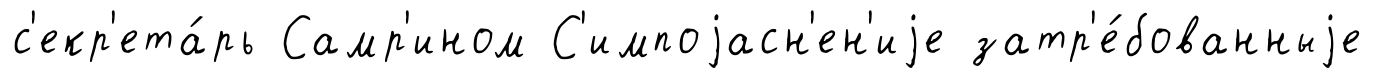
с'екр'ета́рь Самр'ином С'импоjасн'ен'иjе затр'е́бованныjе